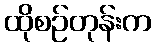
ထိုစဉ်တုန်းက